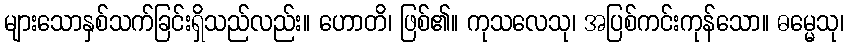
များသောနှစ်သက်ခြင်းရှိသည်လည်း။ ဟောတိ၊ ဖြစ်၏။ ကုသလေသု၊ အပြစ်ကင်းကုန်သော။ ဓမ္မေသု၊